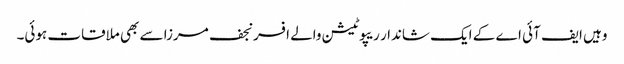
وہیں ایف آئی اے کے ایک شاندار ریپوٹیشن والے افسر نجف مرزا سے بھی ملاقات ہوئی۔